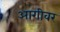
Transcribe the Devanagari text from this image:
आगीवर